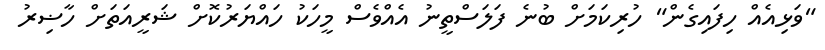
"ވަޅިއެއް ހިފައިގެން" ހުރިކަމަށް ބުނެ ފަލަސްތީނު އެއްވެސް މީހަކު ހައްޔަރުކޮށް ޝަރީއަތަށް ހާޟިރު